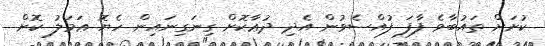
ކުށަށް ތައުބާވެ ފާފަ ފުއްސެވުން އެދި ދުޢާކޮށް ގިނަގިނައިން ހެޔޮ ޢަމަލު ކޮށް